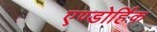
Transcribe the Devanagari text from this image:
एण्डोर्हिक